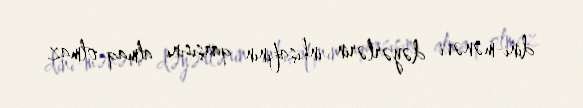
dini-mənəvi dəyərlərin inkişafının qarşısını almaq olmaz.